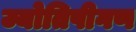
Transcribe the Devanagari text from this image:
ज्योतिषीगण